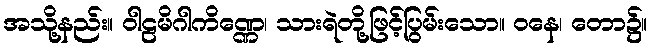
အသို့နည်း။ ဝါဠမိဂါကိဏ္ဏေ၊ သားရဲတို့ဖြင့်ပြွမ်းသော။ ဝနေ၊ တော၌။